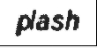
plash